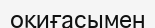
оқиғасымен